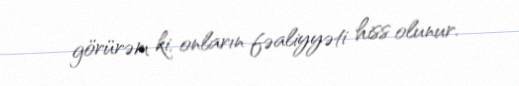
görürəm ki, onların fəaliyyəti hiss olunur.